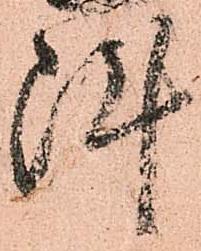
陣